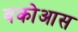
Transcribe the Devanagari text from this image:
वकोआस